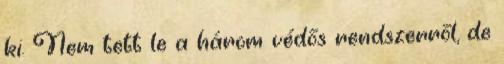
ki. Nem tett le a három védős rendszerről, de